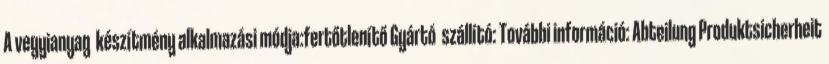
A vegyianyag készítmény alkalmazási módja:fertőtlenítő Gyártó szállító: További információ: Abteilung Produktsicherheit